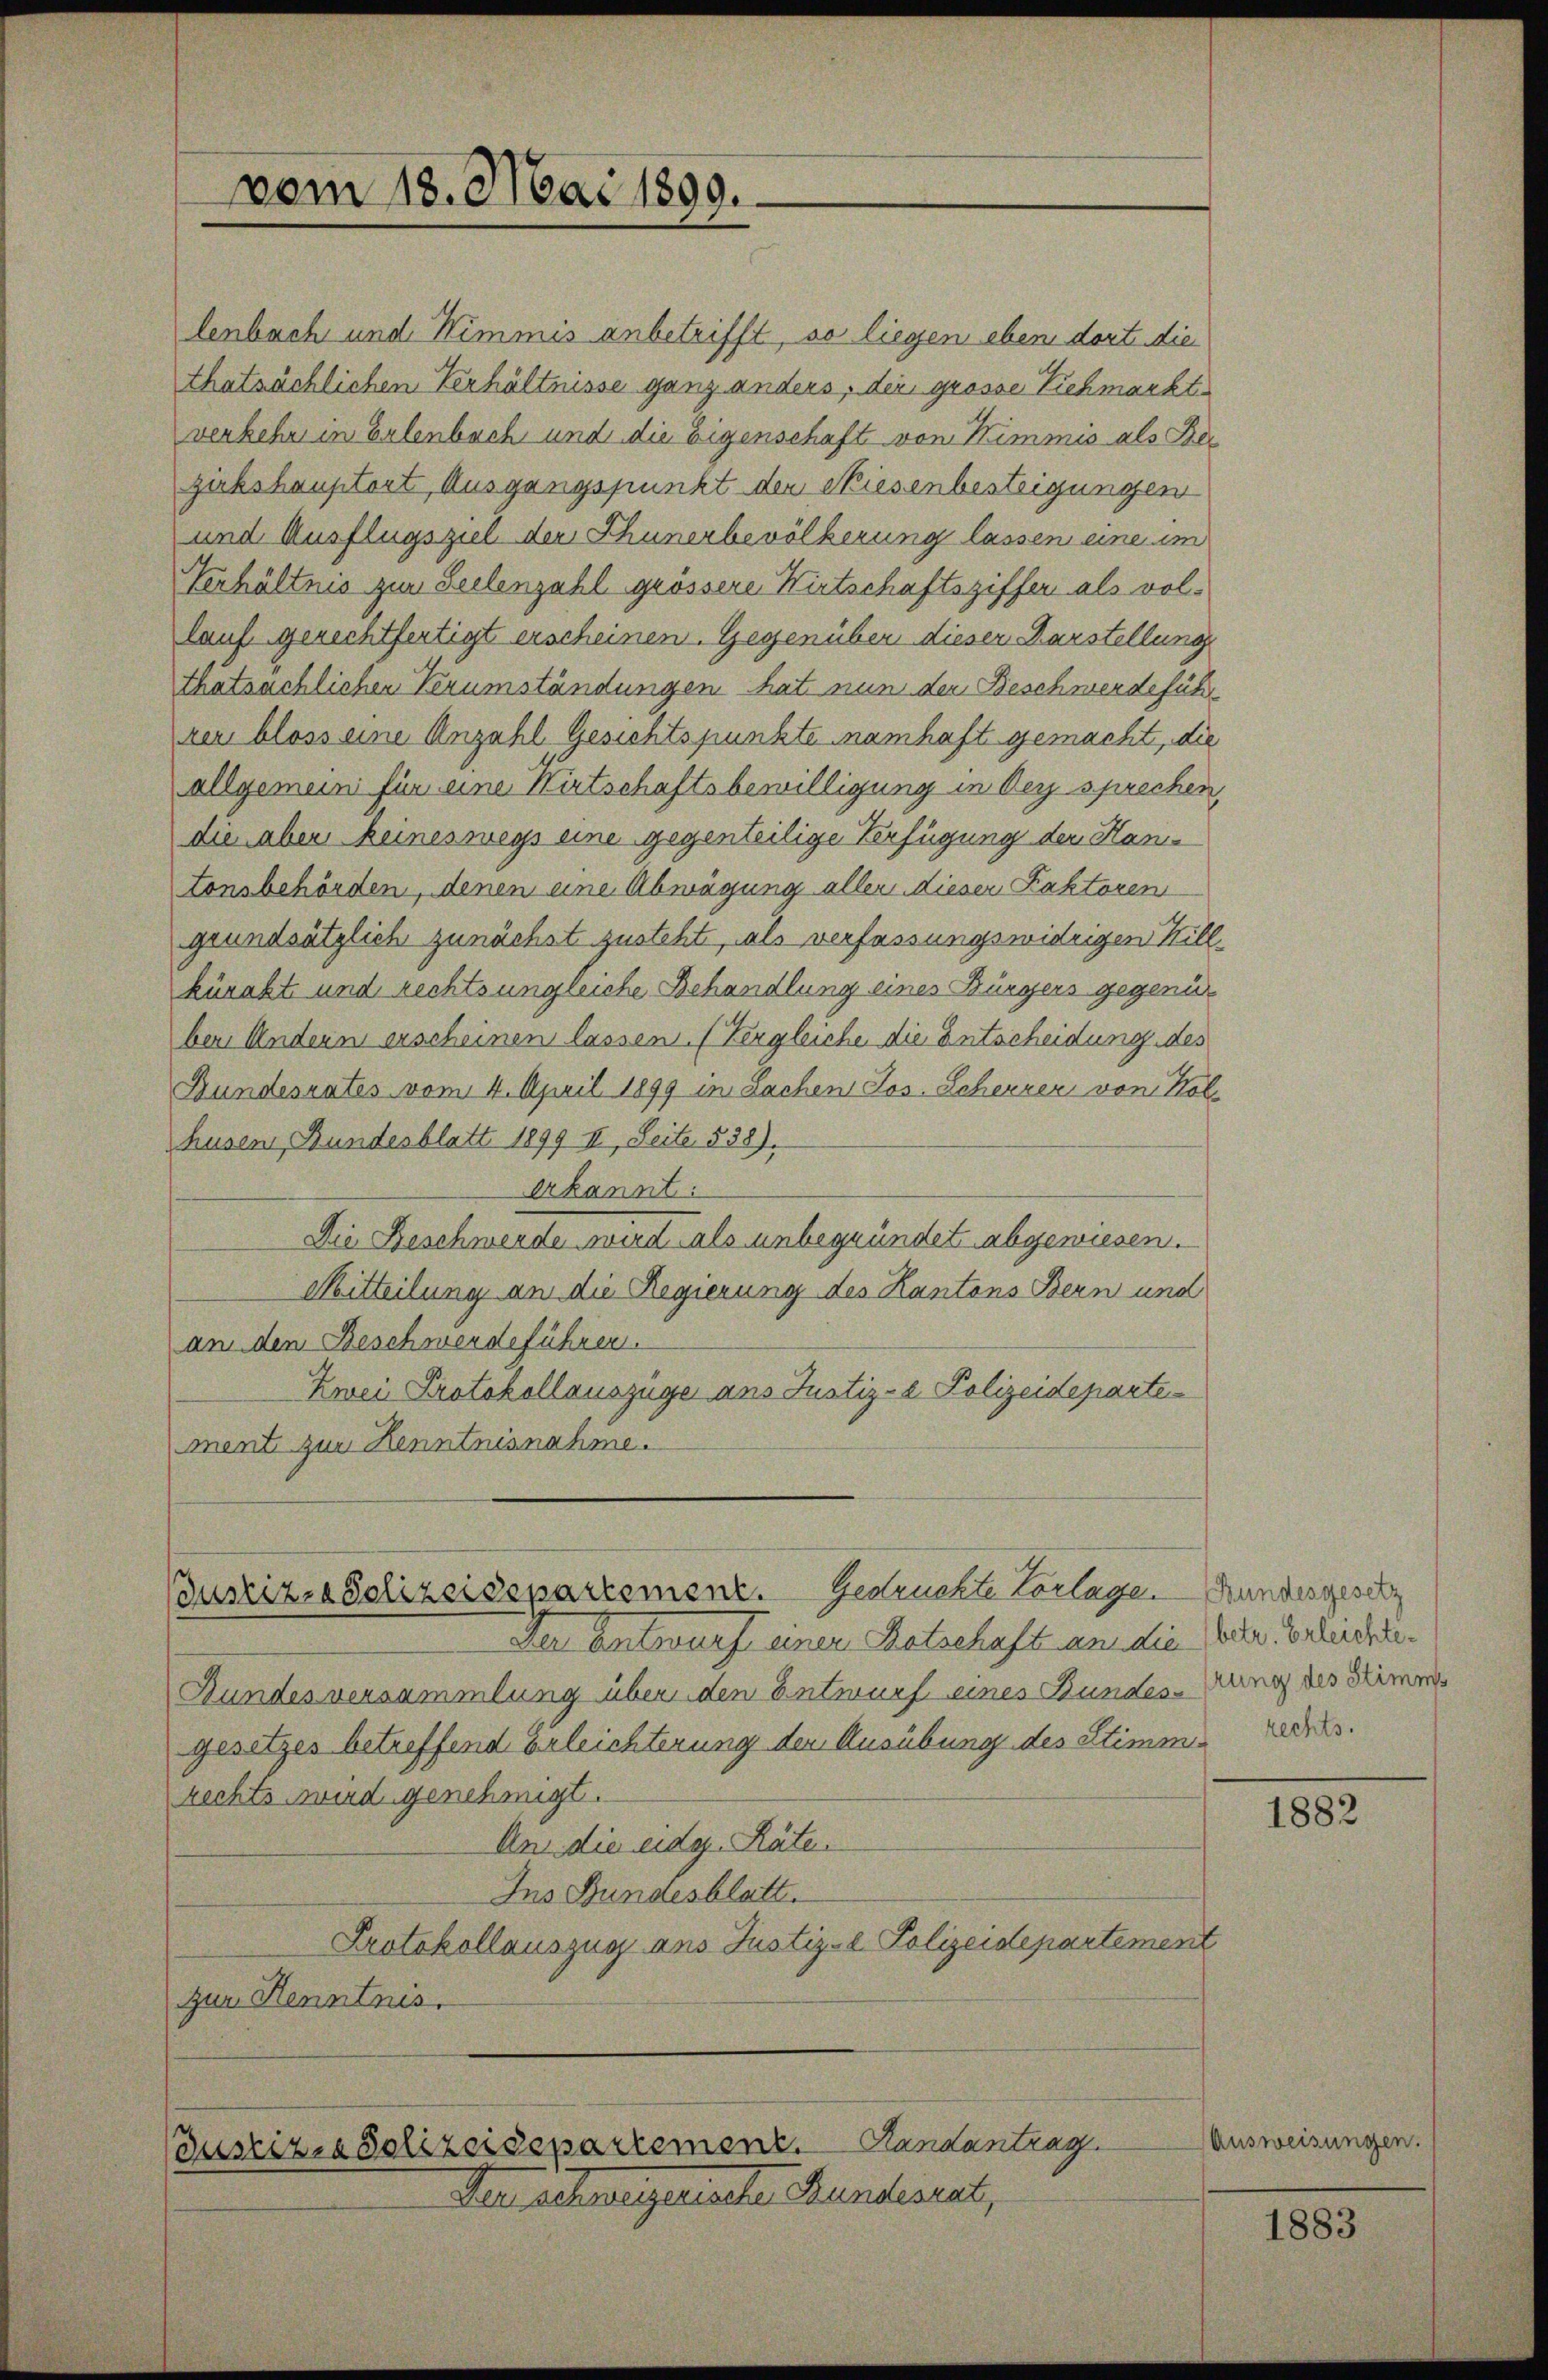
vom 18. Mai 1890.

Bustiz-Polizeidepartemenz. Gedrückte Vorlage.

In Antwurf einen Ratschaft an die Orte. Berlichti¬
Bundes versammlung über den Entwurf einer Bundes-Wung des Stimm
gesetzes betreffend Erleichterung der Ausübung des Stimmirechts wird genehmigt.
An die eidg. Räte
Ins Bundesblatt.
Protokollauszug aus Justiz- Polizeidepartement
zur Henntnis.

lenbach und Wimmis anbetrifft, so liegen eben dort die
thatsächlichen Verhältnisse ganz anders, der grosse Viehmarkt
verkehr in Erlenbach und die Eigenschaft von Kimmis als Ber
zirkshauptort Ausgangspunkt den Niesenbesteigungen
und Ausflugsziel der Thunerbevölkerung lassen eine im
Verhältnis zur Zeilenzahl grössere Wirtschaftsziffer als vol-
lauf gerechtfertigt erscheinen. Gegenüber dieser Darstellung
thatsächlichen Verumständungen hat nun der Beschwerdeführ
zer bloss eine Anzahl Gesichtspunkte namhaft gemacht, die
allgemein für eine Wirtschaftsbewilligung in bey sprechen,
die aber keineswegs eine gegenteilige Verfügung der Kan
tonsbehörden, denen eine Abwägung aller dieser Faktoren
grundsätzlich zunächst zusteht, als verfassungswidrigen Hillkürakt und rechts ungreiche Behandlung eines Bürgers gegenü
ber. Undern erscheinen lassen. (Vergleiche die Entscheidung des
Bundesrates vom 4. April 1899 in Sachen Jos. Scheurer von Kolhusen, Bundesblatt 1899 II, Seite 538).
Erkannt:
Die Beschwerde wird als unbegründet abgewiesen.
Mitteilung an die Regierung des Kantons Bern und
an den Beschwerdeführen.
Zwei Protokollauszüge ans Justiz- & Polizeideparte
ment zur Kenntnisnahme.

(Justiz- & Polizeisepartement. Handantrag

Der Alterlegerinte Handesrat,

Bundesgesetz
rechts.

1882

Ausweisungen.

1883